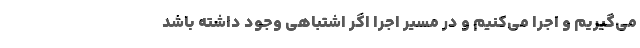
مي‌گيريم و اجرا مي‌كنيم و در مسير اجرا اگر اشتباهي وجود داشته باشد